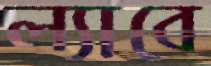
ল্যাবে